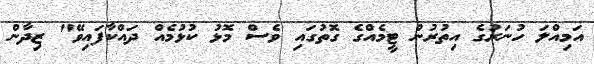
އަމިއްލަ ހުނަރުގެ އިތުރުން ޓީމެއްގެ ގޮތުގައި ވެސް މޮޅު ކުޅުމެއް ދައްކާފައިވޭ" ޒިދާން